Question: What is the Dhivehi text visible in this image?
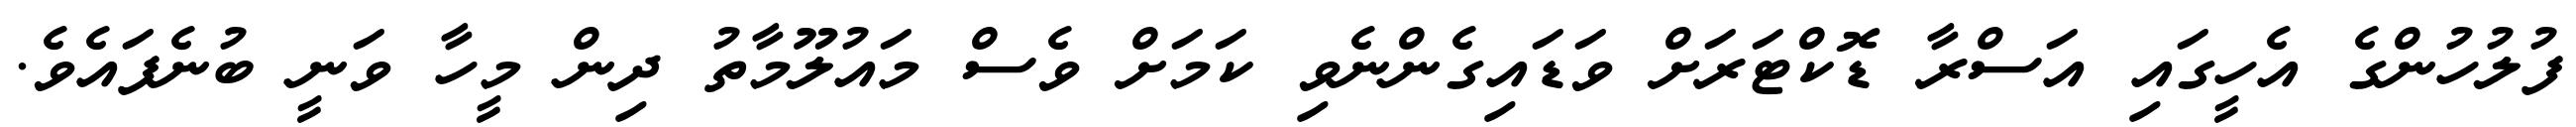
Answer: ފުލުހުންގެ އެހީގައި އަސްރާ ޑޮކްޓަރަށް ވަޑައިގެންނެވި ކަމަށް ވެސް މައުލޫމާތު ދިން މީހާ ވަނީ ބުނެފައެވެ.